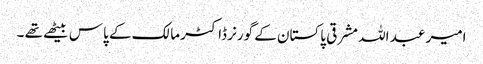
امیر عبد اللہ مشرقی پاکستان کے گورنر ڈاکٹر مالک کے پاس بیٹھے تھے ۔